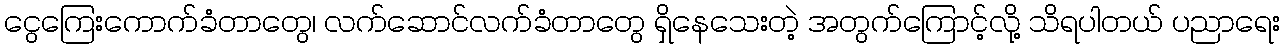
ငွေကြေးကောက်ခံတာတွေ၊ လက်ဆောင်လက်ခံတာတွေ ရှိနေသေးတဲ့ အတွက်ကြောင့်လို့ သိရပါတယ် ပညာရေး